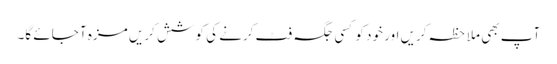
آپ بھی ملاحظہ کریں اور خود کو کسی جگہ فٹ کرنے کی کوشش کریں مزہ آ جائے گا۔